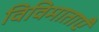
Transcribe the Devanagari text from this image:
विविमाताएँ